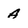
Character: A